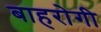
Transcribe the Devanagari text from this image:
बाहरोगी